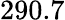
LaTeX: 290.7